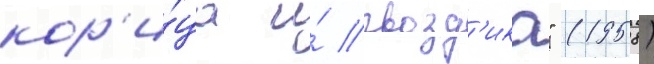
кор'и́ца и́ гвозд'ика" (1958)